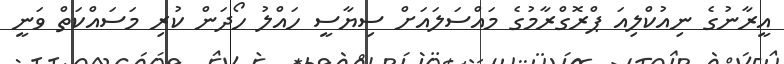
އީރާނުގެ ނިއުކްލިއަ ޕްރޮގްރާމުގެ މައްސަލައަށް ސިޔާސީ ހައްލު ހޯދަން ކުރި މަސައްކަތް ވަނީ